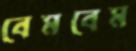
বেমবেম